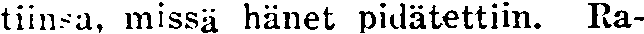
tiinsa, missä hänet pidätettiin. Ra-